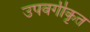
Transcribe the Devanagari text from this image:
उपवर्गीकृत